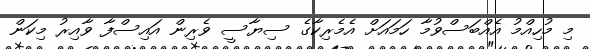
މި މުހިއްމު އެއްބަސްވުމާ ހަމައަށް އެމެރިކާގެ ސިޔާސީ ވެރިން އައިސްފާ ވާއިރު މިކަން